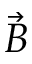
\vec { B }